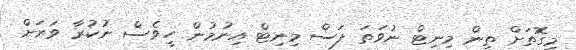
މިގޮތަށް ތިން މިނިޓް ނުވަތަ ފަސް މިނިޓް އިނުމުން ހީވެސް ނުކުރާ ވަރަށް